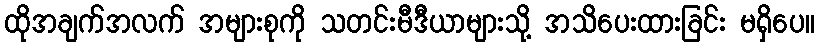
ထိုအချက်အလက် အများစုကို သတင်းမီဒီယာများသို့ အသိပေးထားခြင်း မရှိပေ။